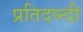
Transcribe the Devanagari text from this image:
प्रतिदव्न्दी